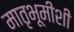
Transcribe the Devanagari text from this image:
मातृभूमीशी